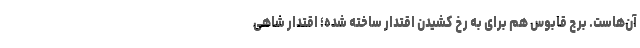
آن‌هاست. برج قابوس هم برای به رخ کشیدن اقتدار ساخته شده؛ اقتدار شاهی